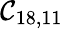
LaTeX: \mathcal{C}_{18,11}